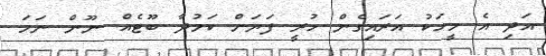
އަދި އެ މީހަކު އަރައިގެން ހުރީ ފަޔަށް ކަމުދާ ބޫޓެއް ނޫން ނަމަ